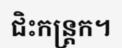
ជិះកន្ត្រក។